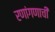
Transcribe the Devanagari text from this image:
रणांगणाची